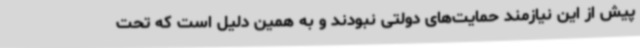
پیش از این نیازمند حمایت‌های دولتی نبودند و به همین دلیل است که تحت